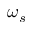
\omega _ { s }